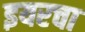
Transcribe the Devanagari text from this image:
इयरचा